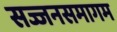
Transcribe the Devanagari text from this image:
सज्जनसमागम